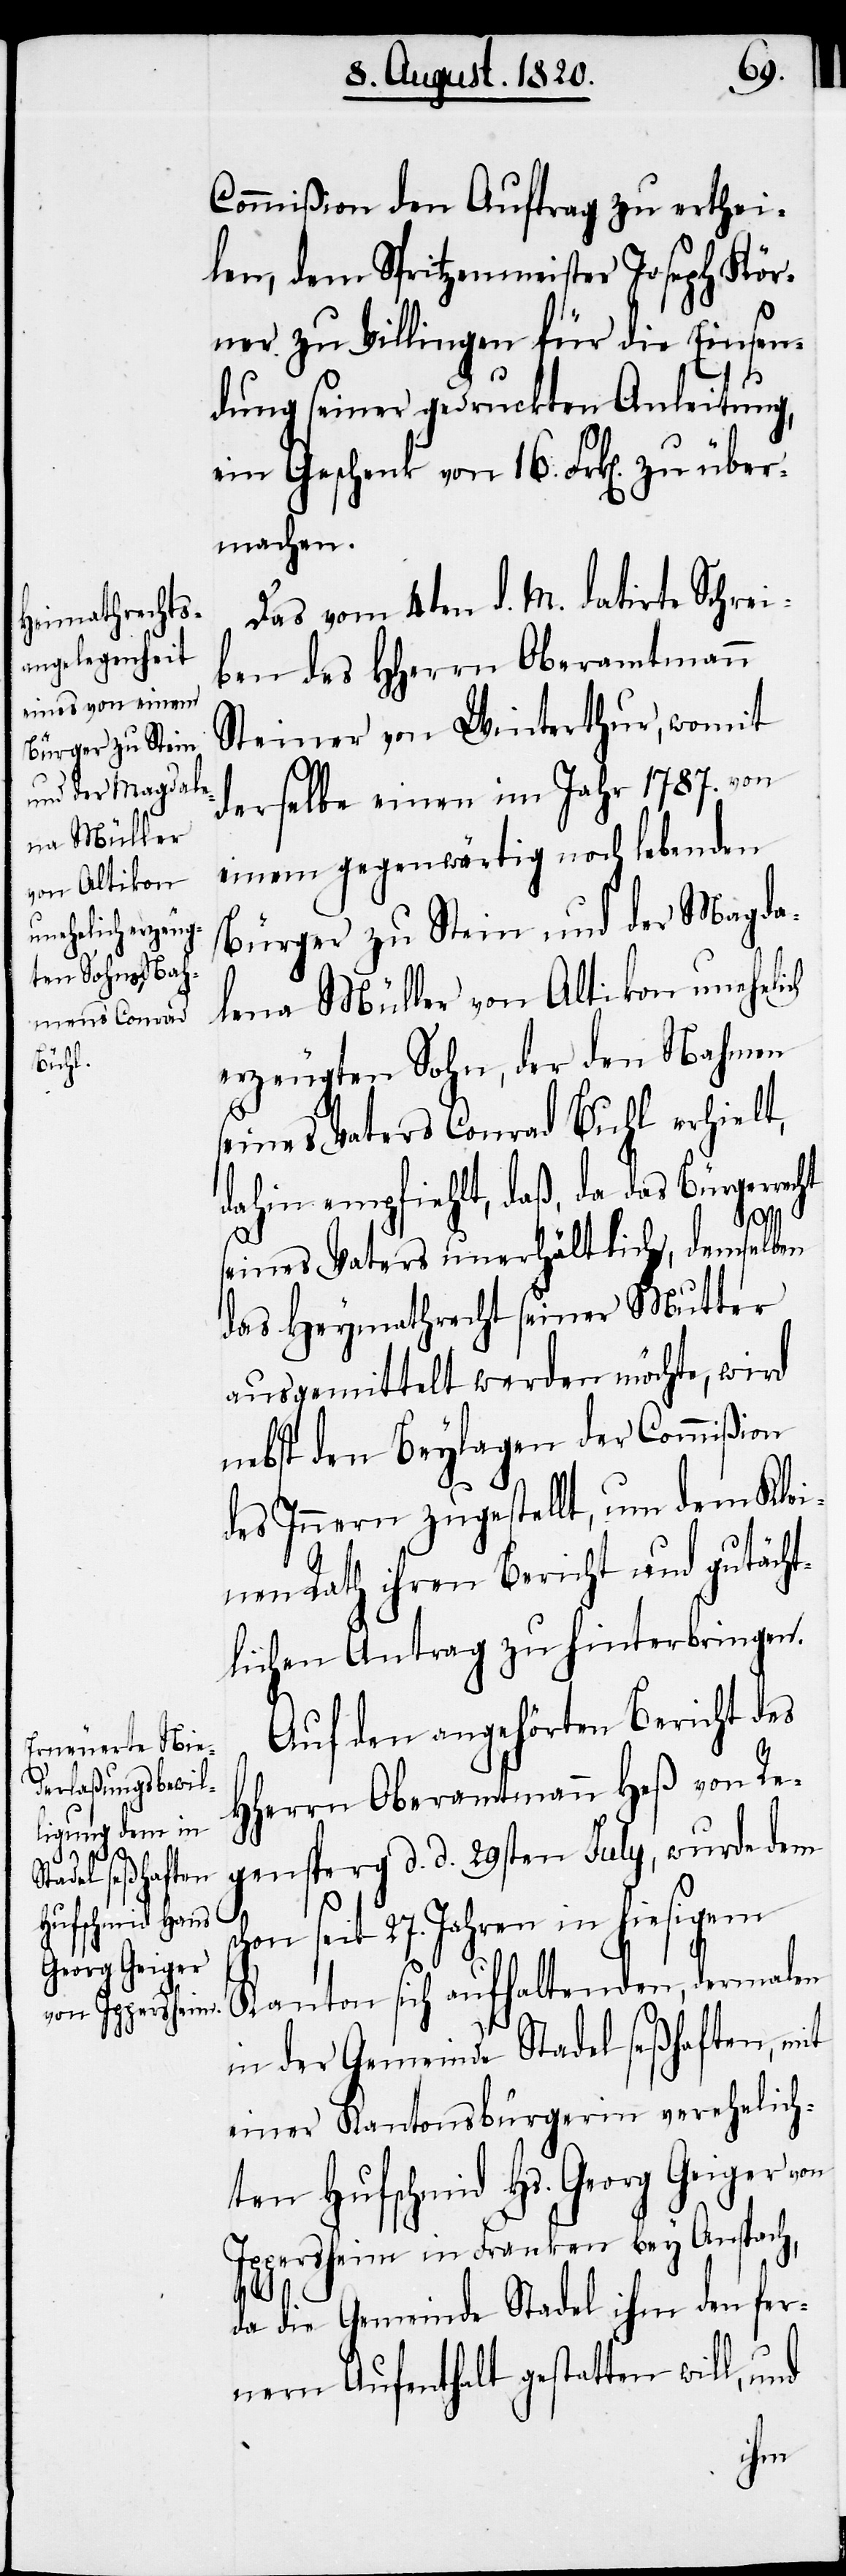
Commißion den Auftrag zu erthei¬
len, dem Spritzenmeister Joseph Kör¬
ner zu Villingen für die Einsen¬
dung seiner gedruckten Anleitung,
ein Geschenk von 16. Frk[en]. zu über¬
machen.
Das vom 4ten d. M. datirte Schrei¬
ben des HHerrn Oberamtmann
Steiner von Winterthur, womit
derselbe einen im Jahr 1787. von
einem gegenwärtig noch lebenden
Bürger zu Stein und der Magda¬
lena Müller von Altikon uneheli¬
erzeugten Sohn, der den Nahmen
seines Vaters Conrad Buhl [sic!]
dahin empfiehlt, daß, da das Bürgerrec¬
ht
seines Vaters unerhältlich, demselben
das Heymathrecht seiner Mutter
ausgemittelt werden möchte, wird
nebst den Beylagen der Commißion
des Innern zugestellt, um dem Klei¬
nen Rath ihren Bericht und gutächt¬
lichen Antrag zu hinterbringen.
Auf den angehörten Bericht des
HHerrn Oberamtmann Heß von Re¬
gensperg d. d. 29sten July, wurde dem
s¬
chon seit 27. Jahren in hiesigem
Kanton sich aufhaltenden, dermalen
in der Gemeinde Stadel seßhaften, mit
einer Kantonsbürgerin verehelich¬
ten Hufschmid Hs. Georg Geiger von
Ippersheim in Franken bey Anstach,
da die Gemeinde Stadel ihm den fer¬
nern Aufenthalt gestatten will, und
ch